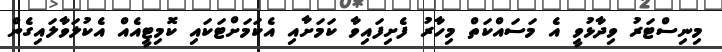
މިނިސްޓަރު ވިދާޅުވީ އެ މަސައްކަތް މިހާރު ފެށިފައިވާ ކަމަށާއި އެކަމަށްޓަކައި ކޮމިޓީއެއް އެކުލަވާލައިގެން